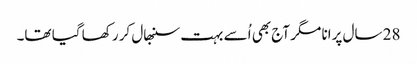
28 سال پرانا مگر آج بھی اُسے بہت سنبھال کر رکھا گیا تھا۔